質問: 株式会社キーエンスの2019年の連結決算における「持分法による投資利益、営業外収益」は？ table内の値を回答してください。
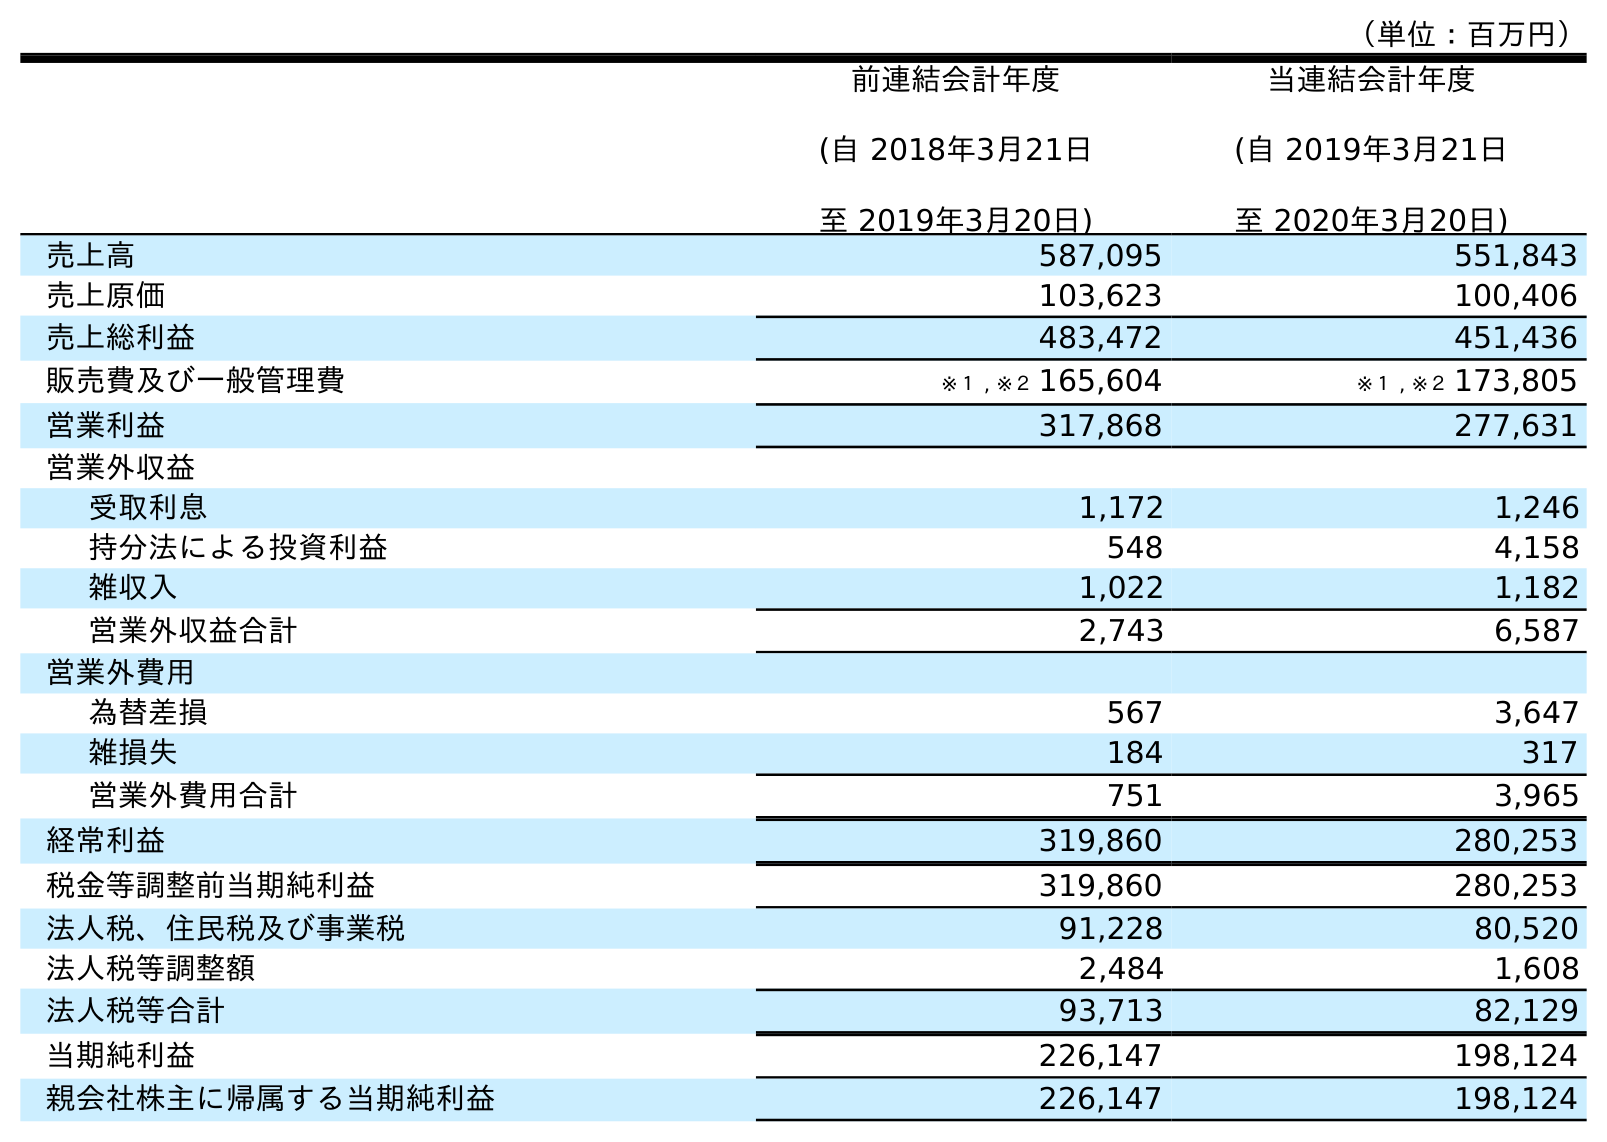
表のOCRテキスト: （単位：百万円） 前連結会計年度 (自 2018年3月21日 至 2019年3月20日) 当連結会計年度 (自 2019年3月21日 至 2020年3月20日) 売上高 587,095 551,843 売上原価 103,623 100,406 売上総利益 483,472 451,436 販売費及び一般管理費 ※１ , ※２ 165,604 ※１ , ※２ 173,805 営業利益 317,868 277,631 営業外収益 受取利息 1,172 1,246 持分法による投資利益 548 4,158 雑収入 1,022 1,182 営業外収益合計 2,743 6,587 営業外費用 為替差損 567 3,647 雑損失 184 317 営業外費用合計 751 3,965 経常利益 319,860 280,253 税金等調整前当期純利益 319,860 280,253 法人税、住民税及び事業税 91,228 80,520 法人税等調整額 2,484 1,608 法人税等合計 93,713 82,129 当期純利益 226,147 198,124 親会社株主に帰属する当期純利益 226,147 198,124
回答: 548